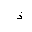
Letter: _thal